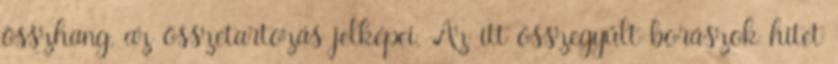
összhang, az összetartozás jelképei. Az itt összegyűlt borászok hitet